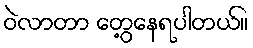
ဝဲလာတာ တွေ့နေရပါတယ်။